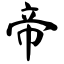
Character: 帝